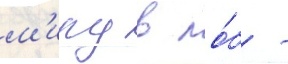
м'иру в ло́б -